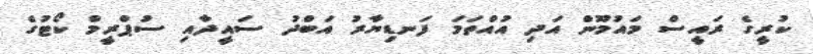
ކުރީގެ ރައީސް މައުމޫން އަދި އުއްތަމަ ފަނޑިޔާރު އަބްދު ސައީދާއި ސުޕްރީމް ކޯޓުގެ